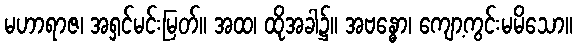
မဟာရာဇ၊ အရှင်မင်းမြတ်။ အထ၊ ထိုအခါ၌။ အဗန္ဓော၊ ကျော့ကွင်းမမိသော။